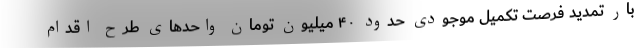
بار تمدید فرصت تکمیل موجودی حدود ۴۰ میلیون تومان واحدهای طرح اقدام